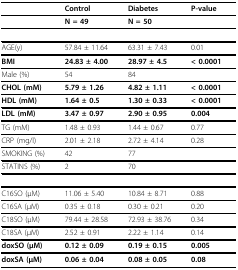
<table><thead><tr><td></td><td><b>Control</b></td><td><b>Diabetes</b></td><td><b>P-value</b></td></tr></thead><tbody><tr><td></td><td><b>N = 49</b></td><td><b>N = 50</b></td><td></td></tr><tr><td>AGE(y)</td><td>57.84 ± 11.64</td><td>63.31 ± 7.43</td><td>0.01</td></tr><tr><td><b>BMI</b></td><td><b>24.83 ± 4.00</b></td><td><b>28.97 ± 4.5</b></td><td><b>&lt; 0.0001</b></td></tr><tr><td>Male (%)</td><td>54</td><td>84</td><td></td></tr><tr><td><b>CHOL (mM)</b></td><td><b>5.79 ± 1.26</b></td><td><b>4.82 ± 1.11</b></td><td><b>&lt; 0.0001</b></td></tr><tr><td><b>HDL (mM)</b></td><td><b>1.64 ± 0.5</b></td><td><b>1.30 ± 0.33</b></td><td><b>&lt; 0.0001</b></td></tr><tr><td><b>LDL (mM)</b></td><td><b>3.47 ± 0.97</b></td><td><b>2.90 ± 0.95</b></td><td><b>0.004</b></td></tr><tr><td>TG (mM)</td><td>1.48 ± 0.93</td><td>1.44 ± 0.67</td><td>0.77</td></tr><tr><td>CRP (mg/l)</td><td>2.01 ± 2.18</td><td>2.72 ± 4.14</td><td>0.28</td></tr><tr><td>SMOKING (%)</td><td>42</td><td>77</td><td></td></tr><tr><td>STATINS (%)</td><td>2</td><td>70</td><td></td></tr><tr><td>C16SO (μM)</td><td>11.06 ± 5.40</td><td>10.84 ± 8.71</td><td>0.88</td></tr><tr><td>C16SA (μM)</td><td>0.35 ± 0.18</td><td>0.30 ± 0.21</td><td>0.20</td></tr><tr><td>C18SO (μM)</td><td>79.44 ± 28.58</td><td>72.93 ± 38.76</td><td>0.34</td></tr><tr><td>C18SA (μM)</td><td>2.52 ± 0.91</td><td>2.22 ± 1.14</td><td>0.14</td></tr><tr><td><b>doxSO (μM)</b></td><td><b>0.12 ± 0.09</b></td><td><b>0.19 ± 0.15</b></td><td><b>0.005</b></td></tr><tr><td><b>doxSA (μM)</b></td><td><b>0.06 ± 0.04</b></td><td><b>0.08 ± 0.05</b></td><td><b>0.08</b></td></tr></tbody></table>